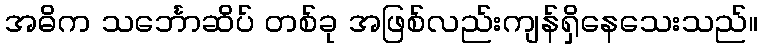
အဓိက သင်္ဘောဆိပ် တစ်ခု အဖြစ်လည်းကျန်ရှိနေသေးသည်။